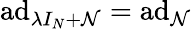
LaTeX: \mathrm{ad}_{\lambda I_{N}+\mathcal{N}}=\mathrm{ad}_{\mathcal{N}}